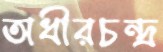
অধীরচন্দ্র